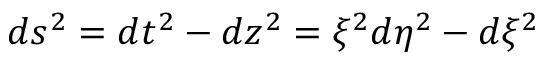
d s ^ { 2 } = d t ^ { 2 } - d z ^ { 2 } = \xi ^ { 2 } d \eta ^ { 2 } - d \xi ^ { 2 }